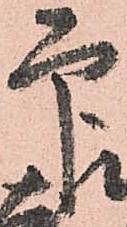
印